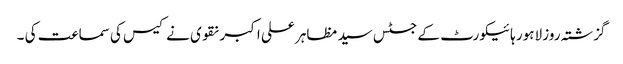
گزشتہ روز لاہور ہائیکورٹ کے جسٹس سید مظاہر علی اکبر نقوی نے کیس کی سماعت کی ۔